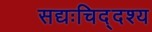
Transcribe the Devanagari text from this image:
सद्यःचिद्दश्य